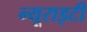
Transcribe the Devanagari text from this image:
न्यूराइटी